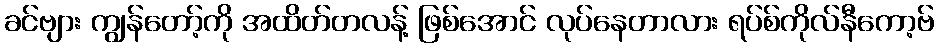
ခင်ဗျား ကျွန်တော့်ကို အထိတ်တလန့် ဖြစ်အောင် လုပ်နေတာလား ရပ်စ်ကိုလ်နီကော့ဗ်